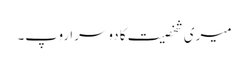
میری شخصیت کا دوسرا روپ۔